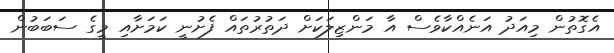
އެގޮތުން މިއަދު އަނެއްކާވެސް އާ މަންޒިލަކަށް ދަތުރުތައް ފެށުނީ ކަމަށާއި މީގެ ސަބަބުން